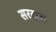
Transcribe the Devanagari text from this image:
सरदार।